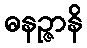
ဓနဉ္ဇာနိ